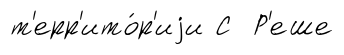
т'ерр'ито́р'иjи С Р'еше